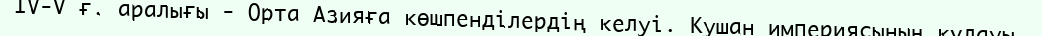
IV-V ғ. аралығы - Орта Азияға көшпенділердің келуі. Кушан империясының құлауы.